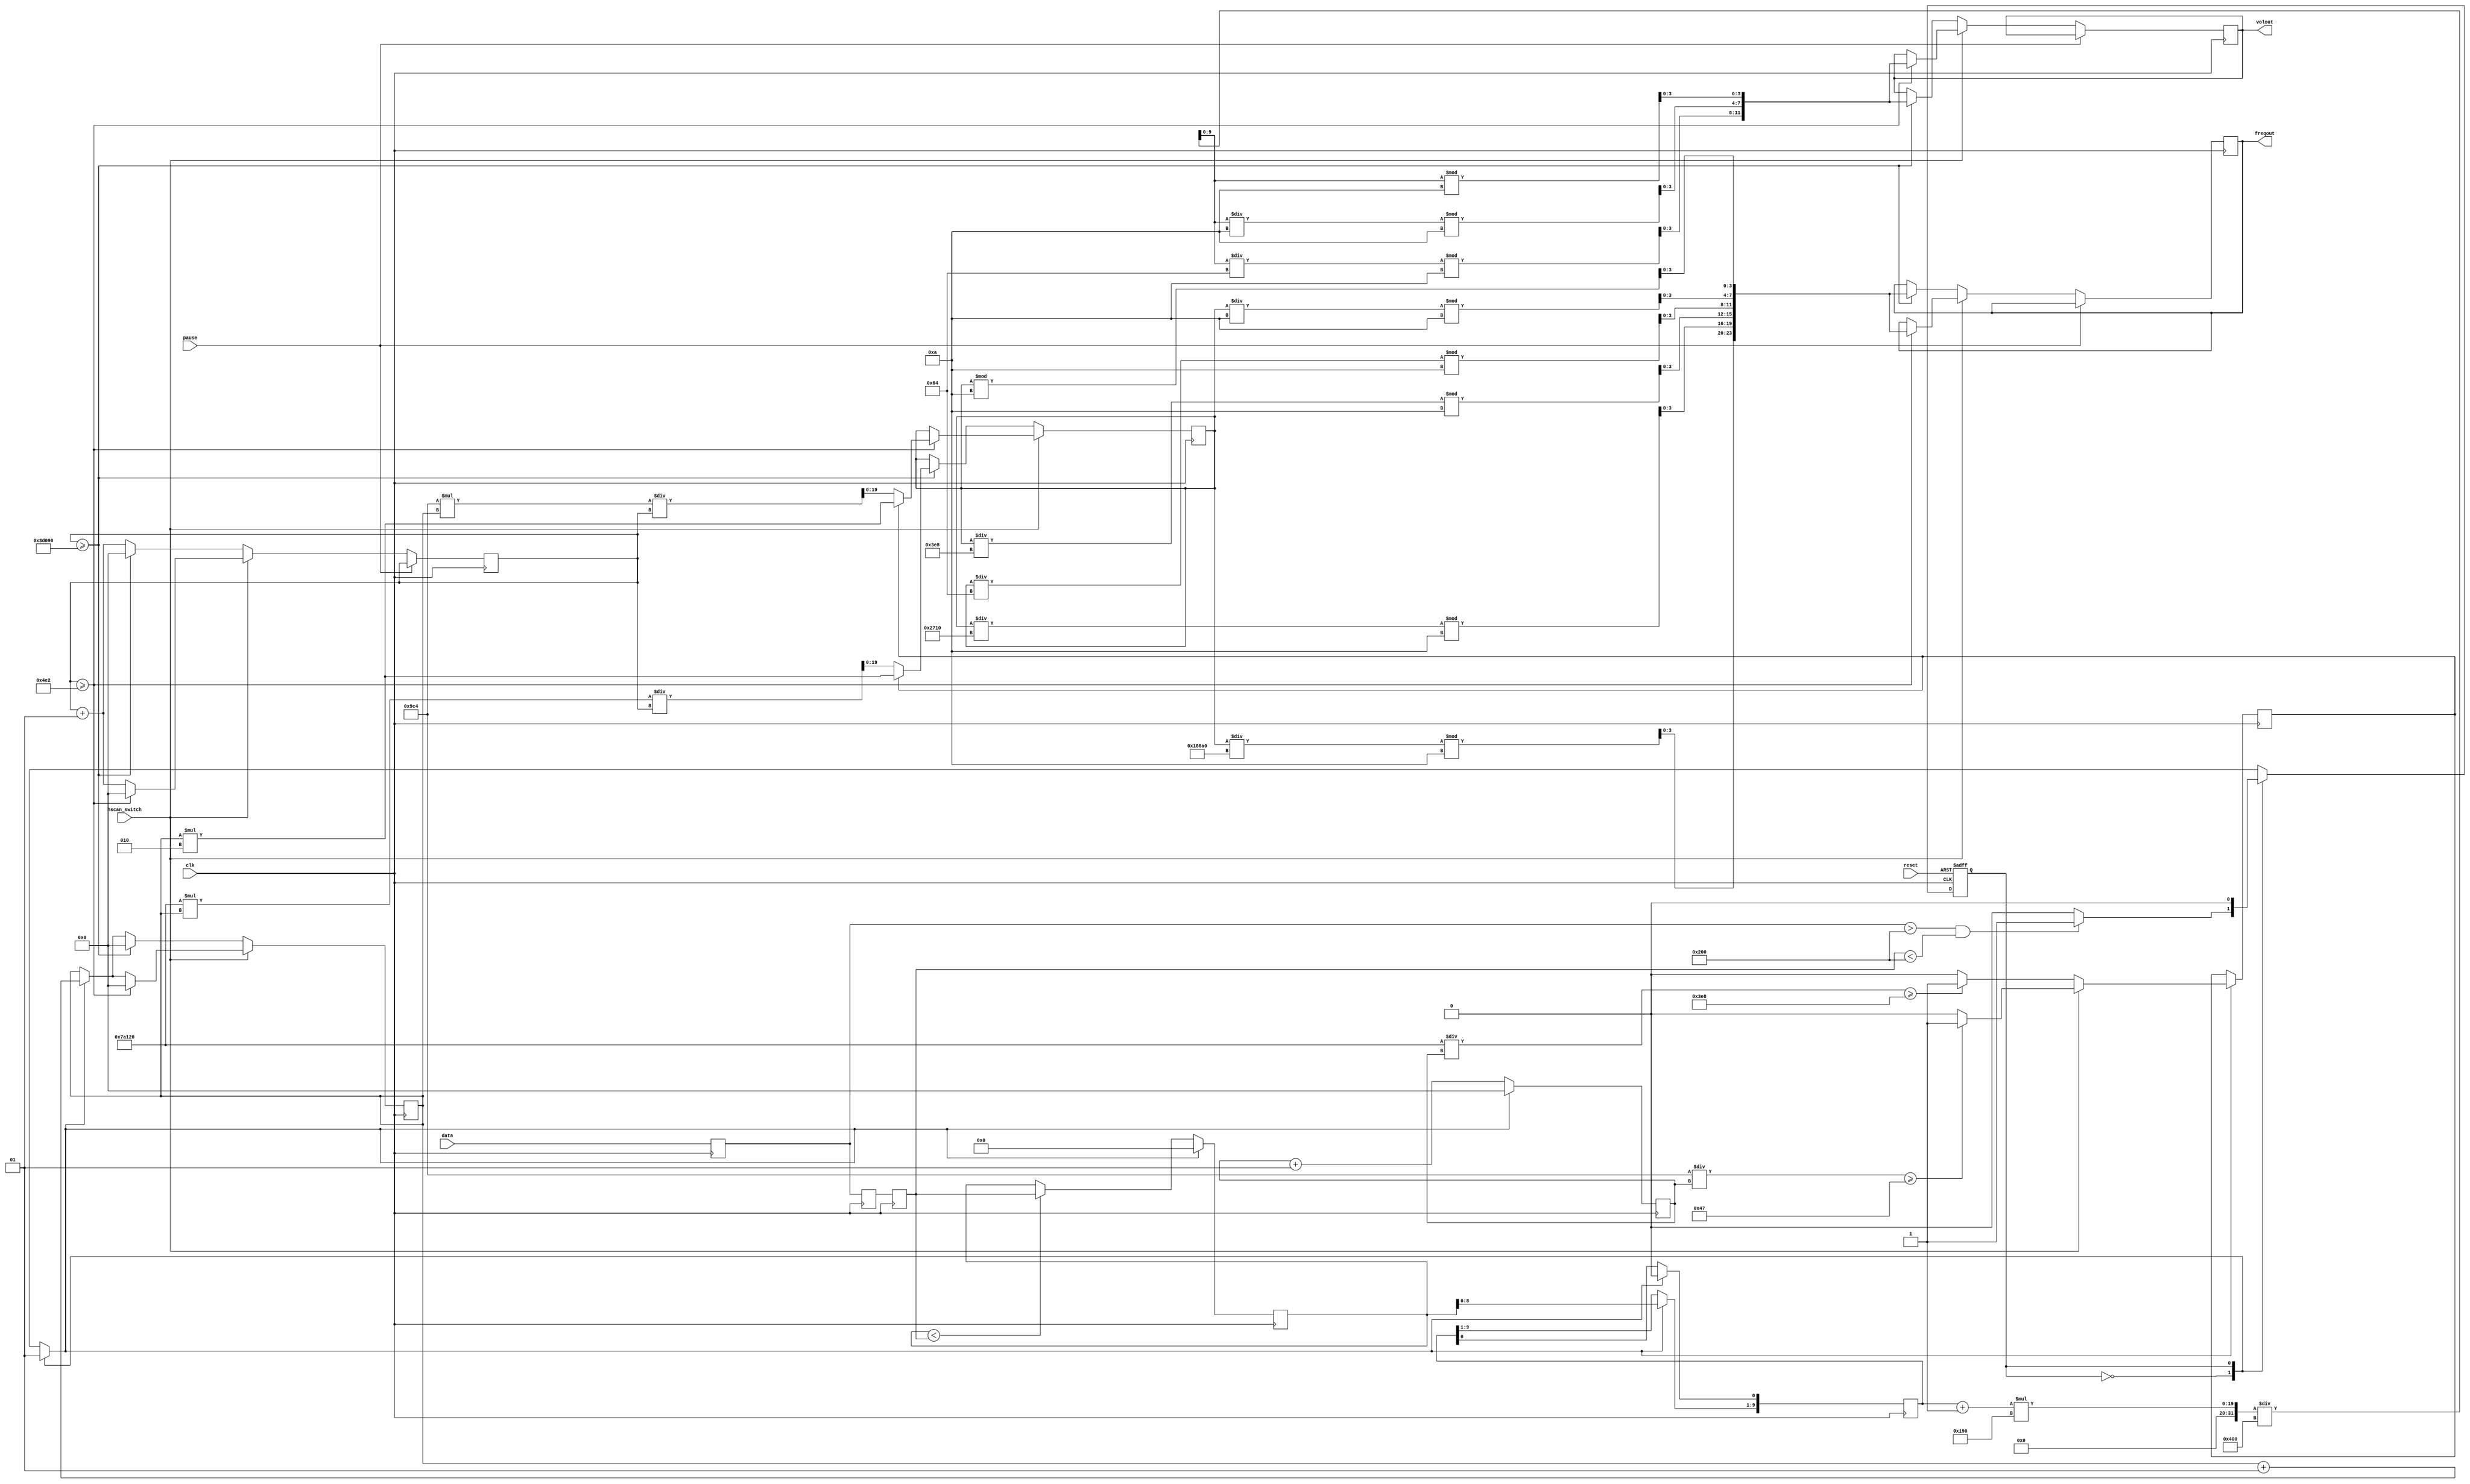
//======================================================================
//
//        Copyright (C) 2018
//        All rights reserved
//
//        filename: measuring
//
//        created by Tyl at 2019-01-11 16:27:29
//        modified by Tyl at 2019-01-13 00:37:00
//
//======================================================================
// Quartus II Verilog Template
// 4-State Moore state machine

// A Moore machine's outputs are dependent only on the current state.
// The output is written only when the state changes.  (State
// transitions are synchronous.)

module measuring
(
	input	clk, reset,
	input hscan_switch,
	input pause,
	input [9: 0]data,
	/*output statetest,
	output [9: 0]pretest, midtest, retest, maxvoltest, volrelatest, volBitest,
	output [11: 0]volBCDtest,
	output [12: 0]precounttest,
	output [19: 0]freqBitest,
	output [23: 0]freqBCDtest,
	output triggertest,
	output [14: 0]trigger_counttest,
	output prechecktest,
	output [13: 0]Ncounttest,
	output [23: 0]outcounttest,*/
	//BCD
	//Hz1MHz
	//mV4V
	output reg [23: 0]freqout,
	output reg [11: 0]volout
);

	// Declare state register
	reg		state;

	// Declare states
	parameter S0 = 0, S1 = 1;
	
	parameter trigger_vol = 10'b10_0000_0000;
	reg [9: 0]pre;
	reg [9: 0]mid;
	reg [9: 0]re;
	reg trigger;
	reg [9: 0]maxvol;
	reg [9: 0]volrela;
	wire [9: 0]volBi;
	wire [11: 0]volBCD;
	integer precount;
	reg [19: 0]freqBi;
	wire [23: 0]freqBCD;
	integer outcount;
	reg precheck;
	integer trigger_count;
	
	//
	/*assign statetest = state;
	assign pretest = pre;
	assign midtest = mid;
	assign retest = re;
	assign maxvoltest = maxvol;
	assign volrelatest = volrela;
	assign volBitest = volBi;
	assign volBCDtest = volBCD;
	assign precounttest = precount;
	assign freqBitest = freqBi;
	assign freqBCDtest = freqBCD;
	assign triggertest = trigger;
	assign prechecktest = precheck;
	assign trigger_counttest = trigger_count;
	assign Ncounttest = Ncount;
	assign outcounttest = outcount;*/
	
	// Output depends only on the state
	always @ (state) begin
		case (state)
			S0:
				trigger = 'b0;
			S1:
				trigger = 'b1;
		endcase
	end
	
	// Determine the next state and output
	always @ (posedge clk or posedge reset)
	begin
		if (reset)
			state <= S0;
		else
			case (state)
				S0:
					//
					if(pre > trigger_vol && re < trigger_vol)
						state <= S1;
					else
						state <= S0;
				S1:
					state <= S0;
			endcase
	end
	
	//
	always@(posedge clk)
	begin
		pre <= data;
		mid <= pre;
		re <= mid;
	end
	
	//
	always@(posedge clk)
	begin
		if(trigger == 'b1)
		begin
			volrela[9: 1] <= maxvol[8: 0];
			volrela[0] <= 'b0;
			maxvol <= 'b0;
		end
		else if(maxvol < re)
			maxvol <= re;
	end
	
	//
	assign volBi = (volrela + 1) * 400 / 1024;
	//
	assign volBCD[11: 8] = volBi / 100 % 10;
	assign volBCD[7: 4] = volBi / 10 % 10;
	assign volBCD[3: 0] = volBi % 10;
	
	//
	always@(posedge clk)
	begin
		if(trigger == 'b1)
		begin
			if(hscan_switch == 'b0)
			//
			begin
				if(500000 / precount >= 1000)
					precheck <= 'b1;
				else
					precheck <= 'b0;
			end
			else
			//
			begin
				if(2500 / precount >= 71)
					precheck <= 'b1;
				else
					precheck <= 'b0;
			end
			precount <= 'b0;
		end
		else
			precount <= precount + 1;
	end
	
	//
	always@(posedge clk)
	begin
		//if(hscan_switch == 'b1 && outcount == 1000 || hscan_switch == 'b0 && outcount == 5)
		if(hscan_switch == 'b0)
		begin
			if(outcount >= 250000)
			//
			begin
				if(precheck == 'b1)
					freqBi <= trigger_count * 2;
				else
				begin
					freqBi <= 500000 * trigger_count / outcount;
				end
				trigger_count <= 0;
			end
			else
			//
			begin
				if(trigger == 'b1)
					trigger_count <= trigger_count + 1;
			end
		end
		else
		begin
			if(outcount >= 1250)
			//
			begin
				if(precheck == 'b1)
					freqBi = trigger_count * 2;
				else
					freqBi = 2500 * trigger_count / outcount;
				trigger_count <= 0;
			end
			else
			//
			begin
				if(trigger == 'b1)
					trigger_count <= trigger_count + 1;
			end
		end
	end
	
	//======================================================================
	//BCD20162628
	assign freqBCD[23:20] = freqBi / 100000 %10;  
	assign freqBCD[19:16] = freqBi / 10000  %10;
	assign freqBCD[15:12] = freqBi / 1000   %10;
	assign freqBCD[11:8]  = freqBi / 100    %10;
	assign freqBCD[7:4]   = freqBi / 10     %10;
	assign freqBCD[3:0]   = freqBi          %10;
	//======================================================================
	
	//0.5s
	always@(posedge clk)
	begin
		if(pause == 'b0)
		begin
			outcount <= outcount + 1;
			if(hscan_switch == 'b0)
			begin
				if(outcount >= 250000)
				begin
					volout <= volBCD;
					freqout <= freqBCD;
					outcount <= 0;
				end
			end
			else
				if(outcount >= 1250)
				begin
					volout <= volBCD;
					freqout <= freqBCD;
					outcount <= 0;
				end
		end;
	end
endmodule